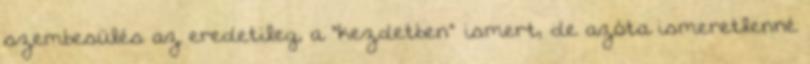
szembesülés az eredetileg, a "kezdetben" ismert, de azóta ismeretlenné